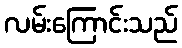
လမ်းကြောင်းသည်